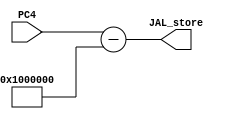
`timescale 1ns / 1ps
//////////////////////////////////////////////////////////////////////////////////
// Company: 
// Engineer: 
// 
// Design Name: 
// Module Name: SUBPC
// Project Name: 
// Target Devices: 
// Tool Versions: 
// Description: 
// 
// Dependencies: 
// 
// Revision:
// Revision 0.01 - File Created
// Additional Comments:
// 
//////////////////////////////////////////////////////////////////////////////////


module SUBPC(
input[31:0] PC4,
output[31:0] JAL_store
    );
    
assign JAL_store = PC4-32'h01000000;    

endmodule